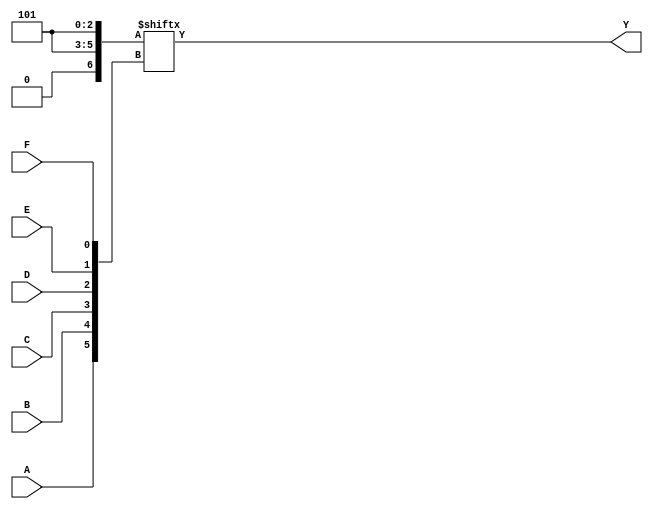
module kmap_6var (
    input wire A,  // Input variable A
    input wire B,  // Input variable B
    input wire C,  // Input variable C
    input wire D,  // Input variable D
    input wire E,  // Input variable E
    input wire F,  // Input variable F
    output wire Y  // Output Y
);

// K-map implementation using a combinational logic approach
// The K-map has 64 cells (2^6 combinations of A, B, C, D, E, F)
// Each cell corresponds to a specific combination of inputs
// The output Y is determined based on the truth table

// Define the K-map as a 64-bit vector
reg [63:0] kmap;

// Initialize the K-map with the truth table values
initial begin
    // Example truth table population (replace with actual values)
    // kmap[index] = 1 or 0 based on the truth table
    kmap[0]   = 1;  // A=0, B=0, C=0, D=0, E=0, F=0
    kmap[1]   = 0;  // A=0, B=0, C=0, D=0, E=0, F=1
    kmap[2]   = 1;  // A=0, B=0, C=0, D=0, E=1, F=0
    // ... Populate the rest of the K-map based on your truth table
    kmap[63]  = 0;  // A=1, B=1, C=1, D=1, E=1, F=1
end

// Output logic based on the K-map
assign Y = kmap[{A, B, C, D, E, F}];

endmodule